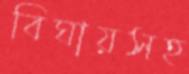
বিঘায়সহ